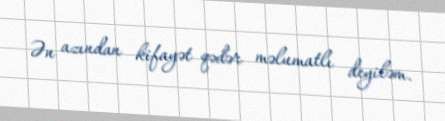
Ən azından kifayət qədər məlumatlı deyiləm.